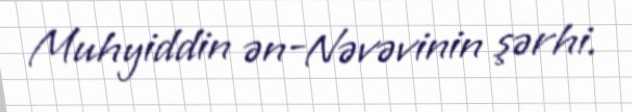
Muhyiddin ən-Nəvəvinin şərhi.